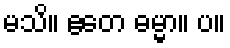
မသိ။ ဧတေ ဓမ္မာ။ ပ။